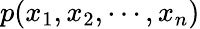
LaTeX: p(x_{1},x_{2},\cdots,x_{n})